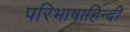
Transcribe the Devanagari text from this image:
परिभाषाहिन्दी